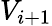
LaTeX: V_{i+1}